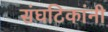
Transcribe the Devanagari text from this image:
संघटिकांनी